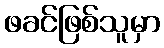
ဖခင်ဖြစ်သူမှာ